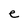
Character: e